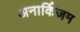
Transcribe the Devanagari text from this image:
अनार्किज़म